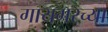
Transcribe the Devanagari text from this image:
गायगरच्या